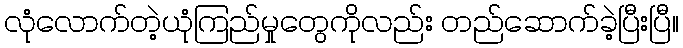
လုံလောက်တဲ့ယုံကြည်မှုတွေကိုလည်း တည်ဆောက်ခဲ့ပြီးပြီ။